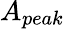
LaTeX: A_{peak}